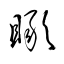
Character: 瞰